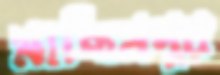
মাছিমপুর